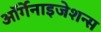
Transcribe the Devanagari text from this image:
ऑर्गेनाइजेशन्स